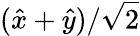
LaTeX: (\hat{x}+\hat{y})/\sqrt{2}